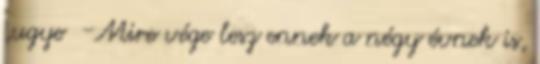
,ugye -Mire vége lesz ennek a négy évnek is,